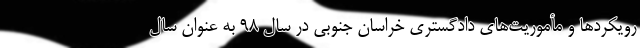
رویکردها و مأموریت‌های دادگستری خراسان جنوبی در سال ۹۸ به عنوان سال